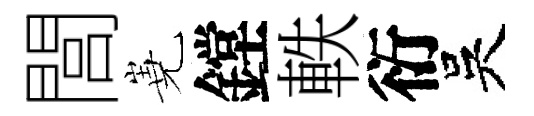
閭嶤鏜軼衍吳